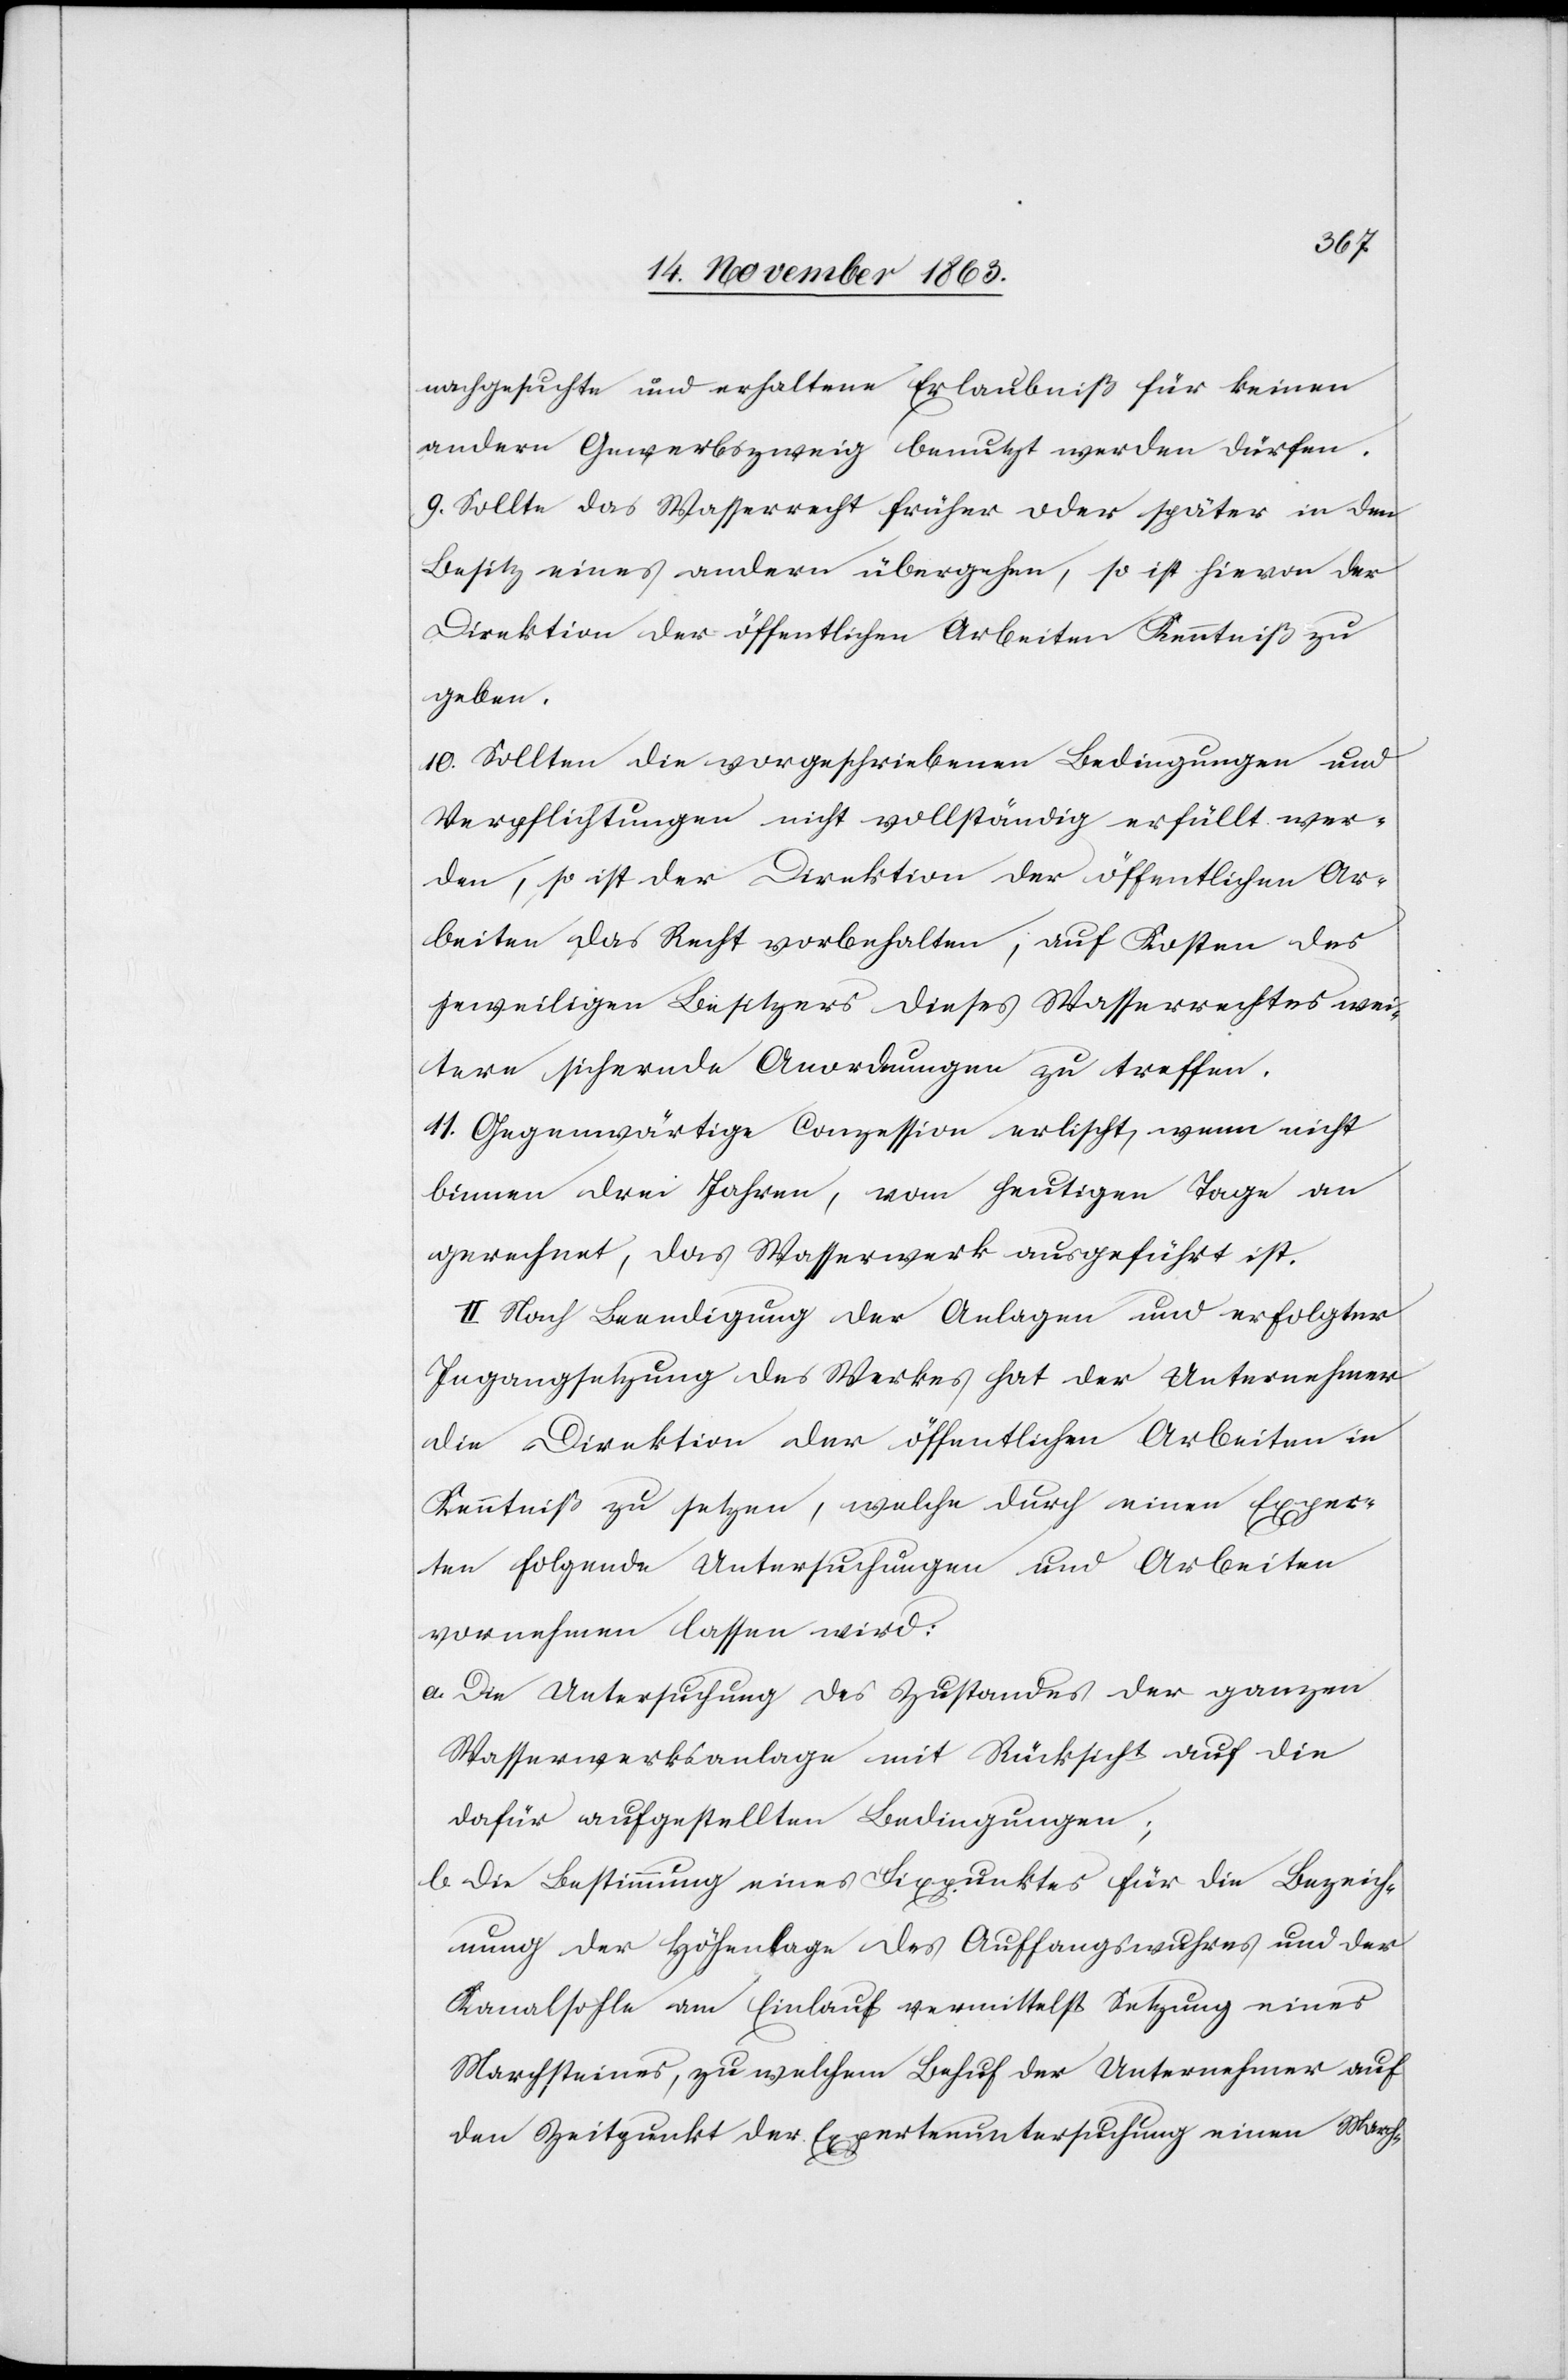
nachgesuchte und erhaltene Erlaubniß für keinen
andern Gewerbszweig benutzt werden dürfen.
9. Sollte das Wasserrecht früher oder später in den
Besitz eines andern übergehen, so ist hievon der
Direktion der öffentlichen Arbeiten Kenntniß zu
geben.
10. Sollten die vorgeschriebenen Bedingungen und
Verpflichtungen nicht vollständig erfüllt wer¬
den, so ist der Direktion der öffentlichen Ar¬
beiten das Recht vorbehalten, auf Kosten des
jeweiligen Besitzers dieses Wasserrechtes wei¬
tere sichernde Anordnungen zu treffen.
11. Gegenwärtige Conzession erlischt, wenn nicht
binnen drei Jahren, vom heutigen Tage an
gerechnet, das Wasserwerk ausgeführt ist.
II. Nach Beendigung der Anlagen und erfolgter
Ingangsetzung des Werkes hat der Unternehmer
die Direktion der öffentlichen Arbeiten in
Kenntniß zu setzen, welche durch einen Exper¬
ten folgende Untersuchungen und Arbeiten
vornehmen lassen wird:
a. Die Untersuchung des Zustandes der ganzen
Wasserwerksanlage mit Rücksicht auf die
dafür aufgestellten Bedingungen;
b. Die Bestimmung eines Fixpunktes für die Bezeich¬
nung der Höhenlage des Auffangswuhres und der
Kanalsohle am Einlauf vermittelst Setzung eines
Marchsteines, zu welchem Behuf der Unternehmer auf
den Zeitpunkt der Expertenuntersuchung einen March-